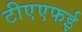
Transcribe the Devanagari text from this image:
टीएएफई